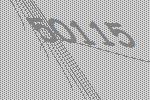
50115